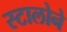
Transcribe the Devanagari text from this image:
स्टालोने